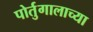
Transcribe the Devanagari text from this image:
पोर्तुगालाच्या